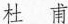
杜 甫